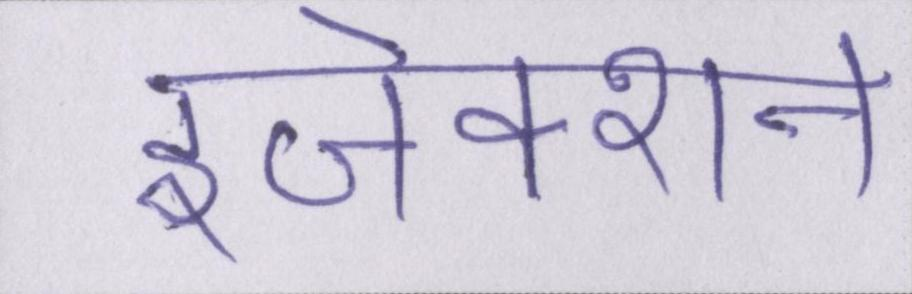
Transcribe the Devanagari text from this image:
इंजेक्शन